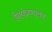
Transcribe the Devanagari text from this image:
नियंत्रणावर